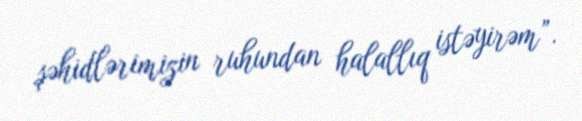
şəhidlərimizin ruhundan halallıq istəyirəm”.